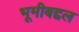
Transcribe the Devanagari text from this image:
भूमीबद्दल